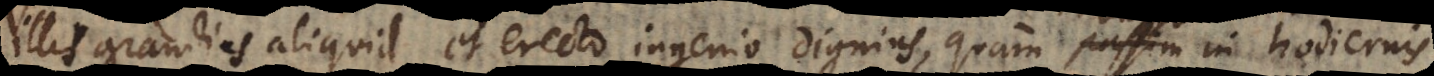
illis grandius aliquid et erecto ingenio dignius, quam passim in hodiernis